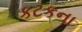
કટકના